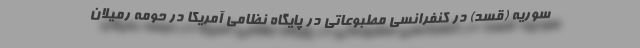
سوریه (قسد) در کنفرانسی مطبوعاتی در پایگاه نظامی آمریکا در حومه رمیلان